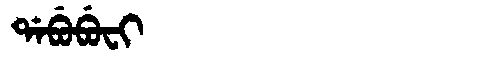
Manchu: ᡩᠠᠪᡠᠪᡠᠸᡳ
Romanization: DABUBUFI